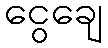
ငွေချေ